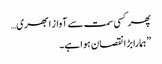
پھر کسی سمت سے آواز ابھری…
”ہمارا بڑا نقصان ہوا ہے۔